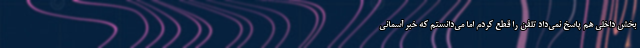
بخش داخلی هم پاسخ نمی‌داد تلفن را قطع کردم اما می‌دانستم که خبر آسمانی